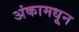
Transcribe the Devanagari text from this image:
अंकामधून